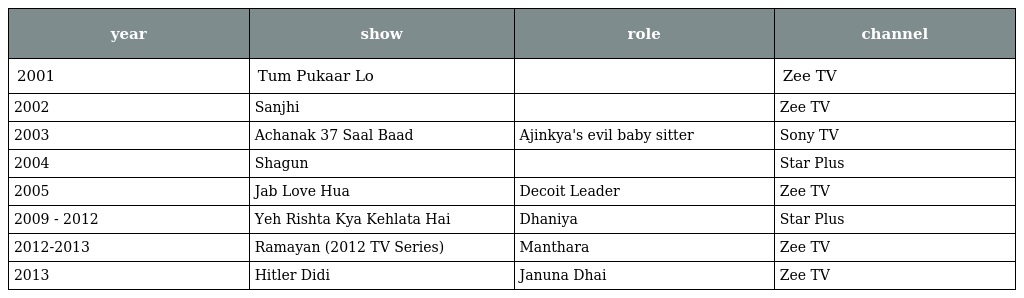
| year | show | role | channel |
 | --- | --- | --- | --- |
 | 2001 | Tum Pukaar Lo |  | Zee TV |
 | 2002 | Sanjhi |  | Zee TV |
 | 2003 | Achanak 37 Saal Baad | Ajinkya's evil baby sitter | Sony TV |
 | 2004 | Shagun |  | Star Plus |
 | 2005 | Jab Love Hua | Decoit Leader | Zee TV |
 | 2009 - 2012 | Yeh Rishta Kya Kehlata Hai | Dhaniya | Star Plus |
 | 2012-2013 | Ramayan (2012 TV Series) | Manthara | Zee TV |
 | 2013 | Hitler Didi | Januna Dhai | Zee TV |